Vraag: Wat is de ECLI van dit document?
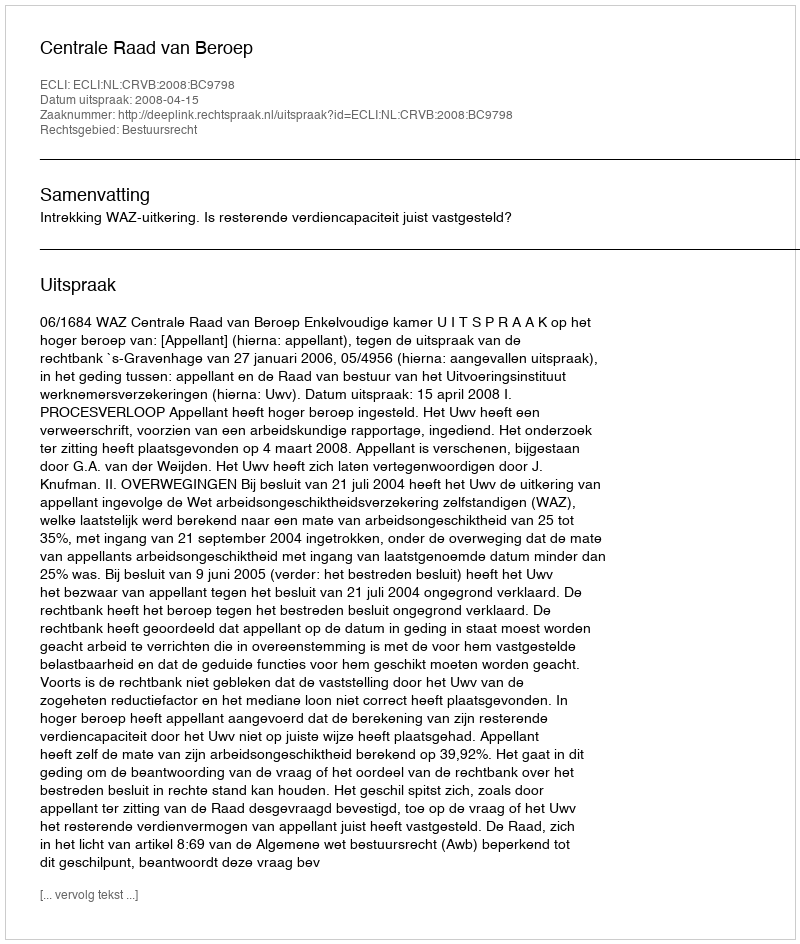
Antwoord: ECLI:NL:CRVB:2008:BC9798